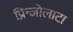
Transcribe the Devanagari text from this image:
प्रिन्जोलाटा